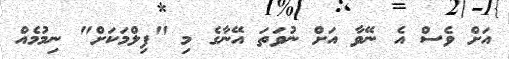
އަށް ވެސް އެ ނޭވާ އަށް ނުވަތަ އޭނާގެ މި "ފިލްމަކަށް" ނިމުމެއް